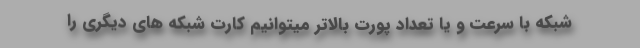
شبکه با سرعت و یا تعداد پورت بالاتر میتوانیم کارت شبکه های دیگری را